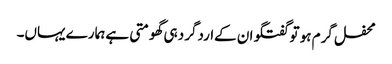
محفل گرم ہو تو گفتگو ان کےاردگرد ہی گھومتی ہے ہمارے یہاں۔